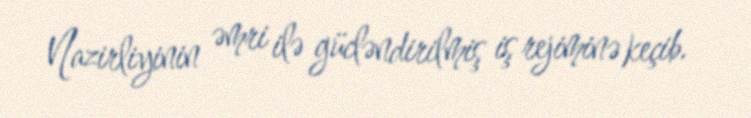
Nazirliyinin əmri ilə gücləndirilmiş iş rejiminə keçib.